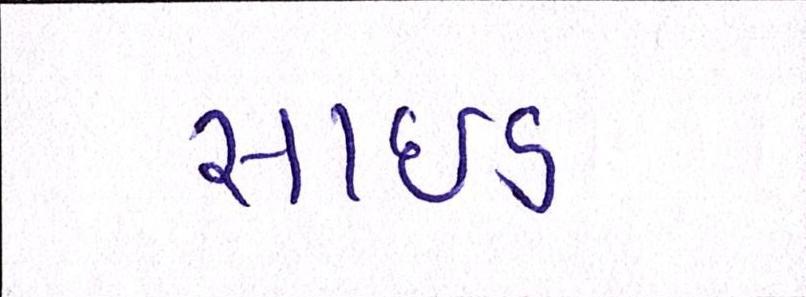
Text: સાઈડ